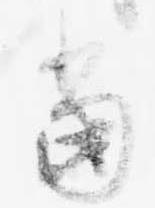
当